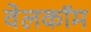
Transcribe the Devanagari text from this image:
वेलकॉम